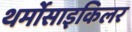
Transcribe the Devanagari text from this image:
थर्मोसाइकिलर